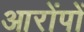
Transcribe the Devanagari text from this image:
आरोंपों